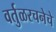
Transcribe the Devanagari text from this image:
वर्तुळरचनेचे